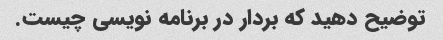
توضیح دهید که بردار در برنامه نویسی چیست.